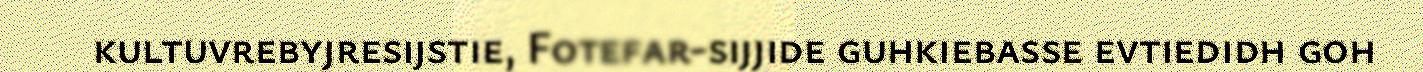
kultuvrebyjresijstie, Fotefar-sijjide guhkiebasse evtiedidh goh